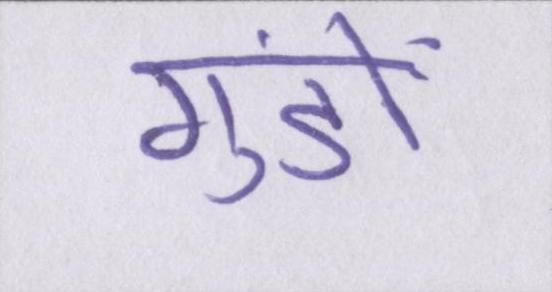
गुंडों